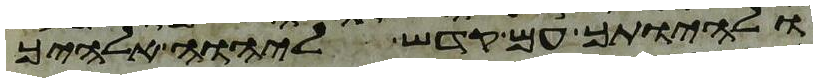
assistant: ולהיותך עם קדש ליהוה אלהיך